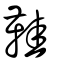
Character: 鞋